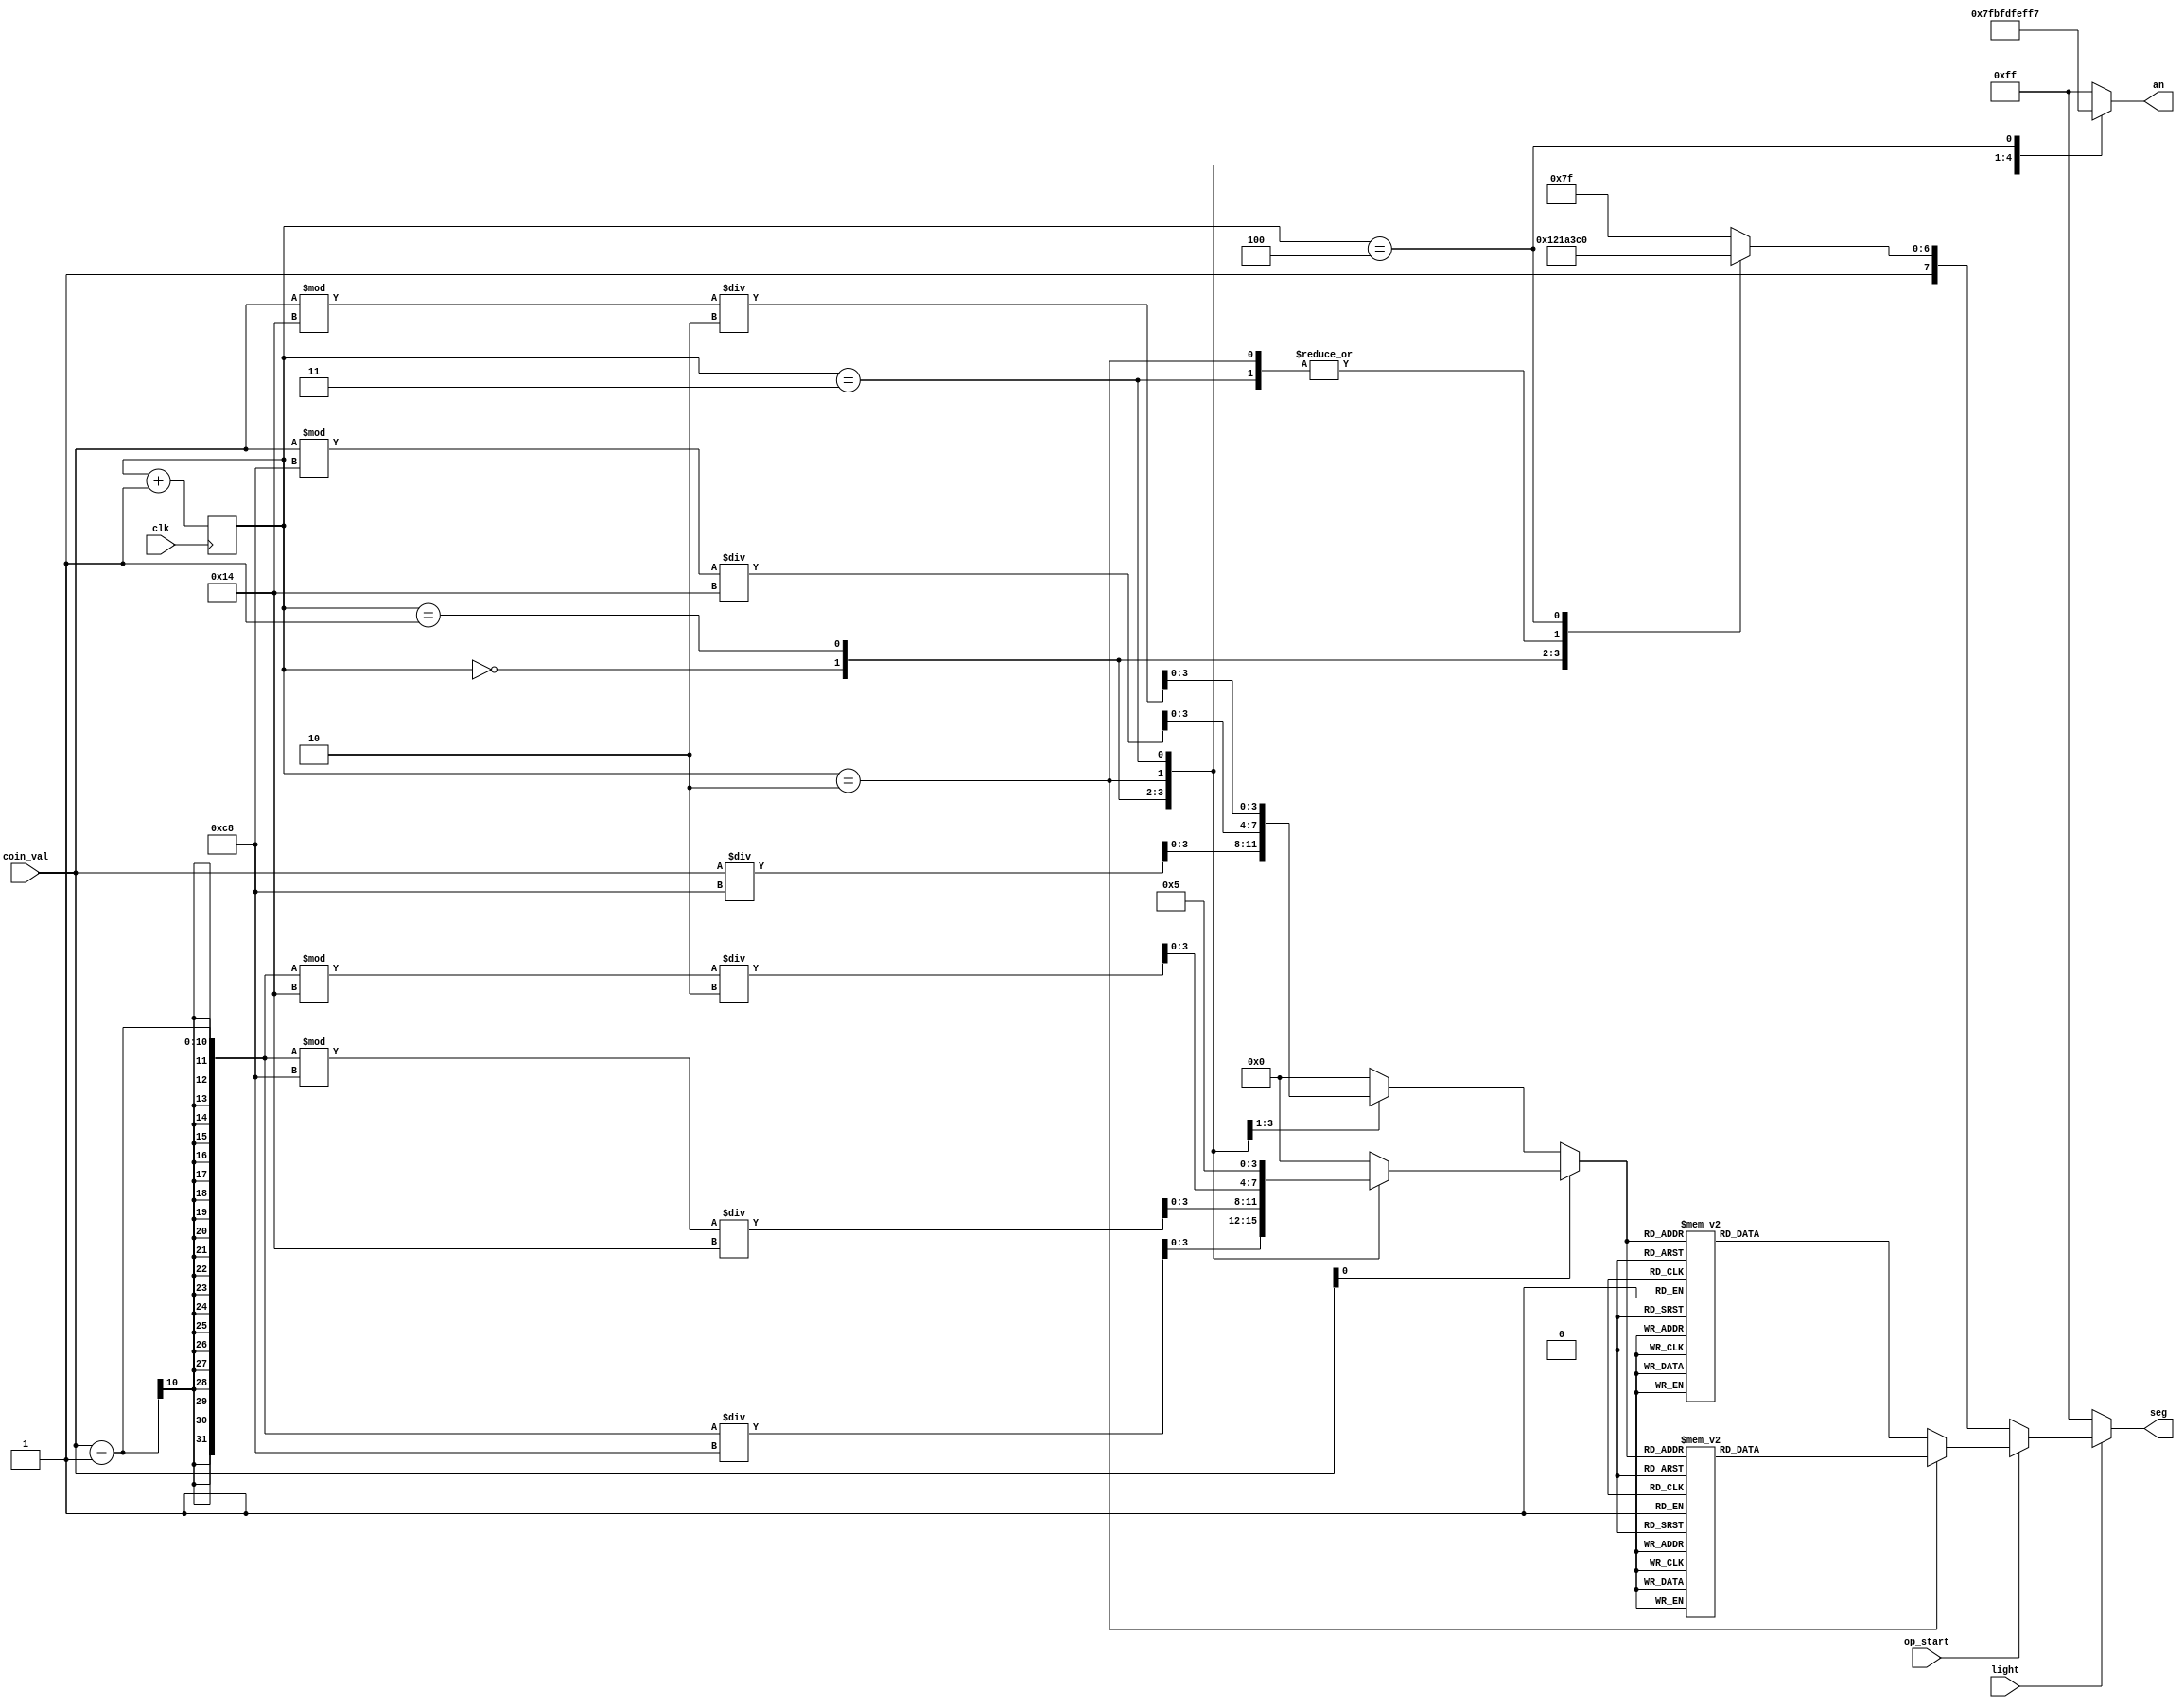
`timescale 1ns / 1ps
//////////////////////////////////////////////////////////////////////////////////
// Company: 
// Engineer: 
// 
// Design Name: 
// Module Name: display
// Project Name: 
// Target Devices: 
// Tool Versions: 
// Description: 
// 
// Dependencies: 
// 
// Revision:
// Revision 0.01 - File Created
// Additional Comments:
// 
//////////////////////////////////////////////////////////////////////////////////

//
module display(clk, light, op_start, coin_val,seg, an );
    input op_start, clk, light;
    input [9:0] coin_val;
    output reg [7:0] seg, an;
    reg [3:0] num;
    reg [2:0] count;
    
    initial begin
        count<=0;
        num<=0;
    end
    
    //
    always @ (posedge clk) begin
            if(count>4)
            begin
            count<=0;
            end
            count<=count+1;
    end
    
    //
    always @(count) begin
        case (count[2:0])
            3'b000 : an = 8'b01111111;
            3'b001 : an = 8'b10111111;
            3'b010 : an = 8'b11011111;
            3'b011 : an = 8'b11101111;
                   
            3'b100 : an = 8'b11110111;
            default: an = 8'b11111111;
                   
          endcase
    end
    
    //
    always @(coin_val or op_start or light or count) begin
        if(light==0) 
        begin
            seg=8'b11111111;    //reset
        end
        else    begin
        
        //HELLO
            if(op_start==0)
            begin
            case (count[2:0])
            3'b000: seg=8'b10001001;    //H
            3'b001: seg=8'b10000110;    //E
            3'b010: seg=8'b11000111;    //L
            3'b011: seg=8'b11000111;    //L
            3'b100: seg=8'b11000000;    //O
            default: seg=8'b11111111;
            endcase
            end
            
        //
            else    
        begin
             if(coin_val[0]==0)
             begin
                case (count[2:0])
                3'b000: num=coin_val/200;
                3'b001: num=(coin_val%200)/20;
                3'b010: num=(coin_val%20)/2;
                            
                default: num=0;
                endcase
             end
             else
             begin
                case (count[2:0])
                3'b000: num=(coin_val-1)/200;
                3'b001: num=((coin_val-1)%200)/20;
                3'b010: num=((coin_val-1)%20)/2;
                3'b011: num=5;                         
                default: num=0;
                endcase
             end   
                  
            //
            if(count==2)    begin
            case (num[3:0])
                   4'b0000: seg = 8'b01000000;
                   4'b0001: seg = 8'b01111001;
                   4'b0010: seg = 8'b00100100;
                   4'b0011: seg = 8'b00110000;
                   4'b0100: seg = 8'b00011001;
                   4'b0101: seg = 8'b00010010;
                   4'b0110: seg = 8'b00000010;
                   4'b0111: seg = 8'b01111000;
                   4'b1000: seg = 8'b00000000;
                   4'b1001: seg = 8'b00011000;
                   default: seg = 8'b01111111;
                    endcase
                   end
             else    begin
              case (num[3:0])
                              4'b0000: seg = 8'b11000000;
                              4'b0001: seg = 8'b11111001;
                              4'b0010: seg = 8'b10100100;
                              4'b0011: seg = 8'b10110000;
                              4'b0100: seg = 8'b10011001;
                              4'b0101: seg = 8'b10010010;
                              4'b0110: seg = 8'b10000010;
                              4'b0111: seg = 8'b11111000;
                              4'b1000: seg = 8'b10000000;
                              4'b1001: seg = 8'b10011000;
                              default: seg = 8'b11111111;
                endcase
                 end
            
            
        end
        end
    end
    
endmodule